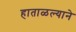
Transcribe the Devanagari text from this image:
हाताळल्याने